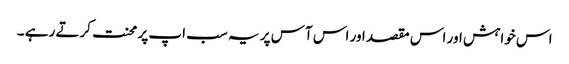
اس خواہش اور اس مقصد اور اس آس پر یہ سب اپ پر محنت کرتے رہے ۔